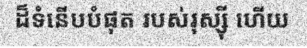
ដ៏ទំនើបបំផុត របស់រុស្ស៊ី ហើយ